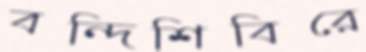
বন্দিশিবিরে